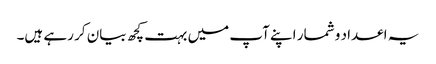
یہ اعداد و شمار اپنے آپ میں بہت کچھ بیان کر رہے ہیں۔